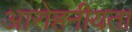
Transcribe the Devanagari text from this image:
आरोहनीयता